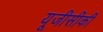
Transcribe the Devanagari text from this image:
यूजीसीकी